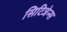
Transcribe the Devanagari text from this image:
सिटिजेन्स